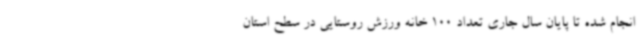
انجام شده تا پایان سال جاری تعداد 100 خانه ورزش روستایی در سطح استان